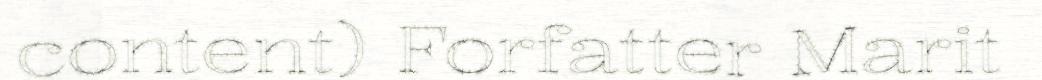
content) Forfatter Marit